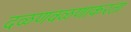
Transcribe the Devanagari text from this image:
दळणवळणाकरता